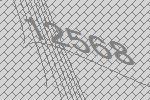
12568